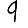
Digit: 9